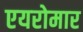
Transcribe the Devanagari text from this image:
एयरोमार